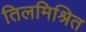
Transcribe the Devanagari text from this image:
तिलमिश्रित